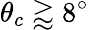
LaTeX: \theta_{c}\gtrapprox 8^{\circ}